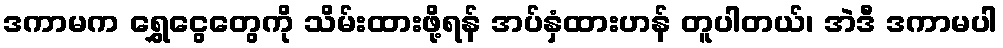
ဒကာမက ရွှေငွေတွေကို သိမ်းထားဖို့ရန် အပ်နှံထားဟန် တူပါတယ်၊ အဲဒီ ဒကာမပါ